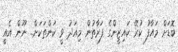
ބޮޑަށް މައާފު ކުރޭ ކައިޒީންގެ ފަރާތުން މިއަދު ވީ ކަންތަކަށް.. ނޫން އެއީ